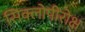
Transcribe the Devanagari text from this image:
सिक्लोपीरोक्ष